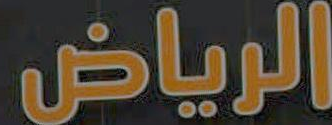
الرياض